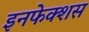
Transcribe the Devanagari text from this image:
इनफेक्शस